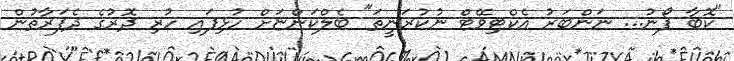
"ކޮބާ ފޯނު... ނަންބަރު އެކްޓިވޭޓް ނުކުރަނީތަ" ބެލްކަންޏަށް ހުޅިފައި ހުރި ދޮރުގެ ދެފަރާތުން